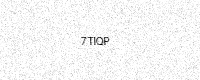
Text: 7TIQP